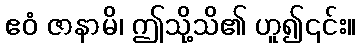
ဧဝံ ဇာနာမိ၊ ဤသို့သိ၏ ဟူ၍၎င်း။